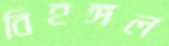
বিহঙ্গল